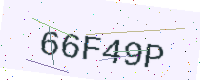
Text: 66F49P